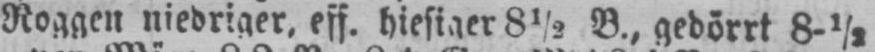
Roggen niedriger, eff. hiesiger 8½ B., gedörrt 8-½